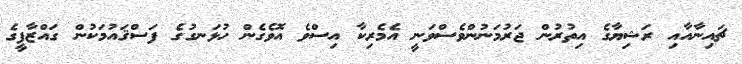
ޗައިނާއާއި ރަޝިޔާގެ އިތުރުން ޖަރުމަނުންވެސްވަނީ އެމެރިކާ އިސްވެ އޮވެގެން ހުޅަނގުގެ ފަސްޤައުމަކުން ގައްޒާފީގެ